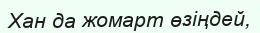
Хан да жомарт өзіңдей,